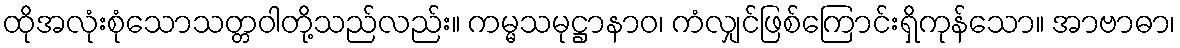
ထိုအလုံးစုံသောသတ္တဝါတို့သည်လည်း။ ကမ္မသမုဋ္ဌာနာဝ၊ ကံလျှင်ဖြစ်ကြောင်းရှိကုန်သော။ အာဗာဓာ၊